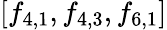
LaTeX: \left[f_{4,1},f_{4,3},f_{6,1}\right]